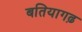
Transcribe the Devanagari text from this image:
बतियागढ़